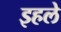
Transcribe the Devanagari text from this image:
इहले